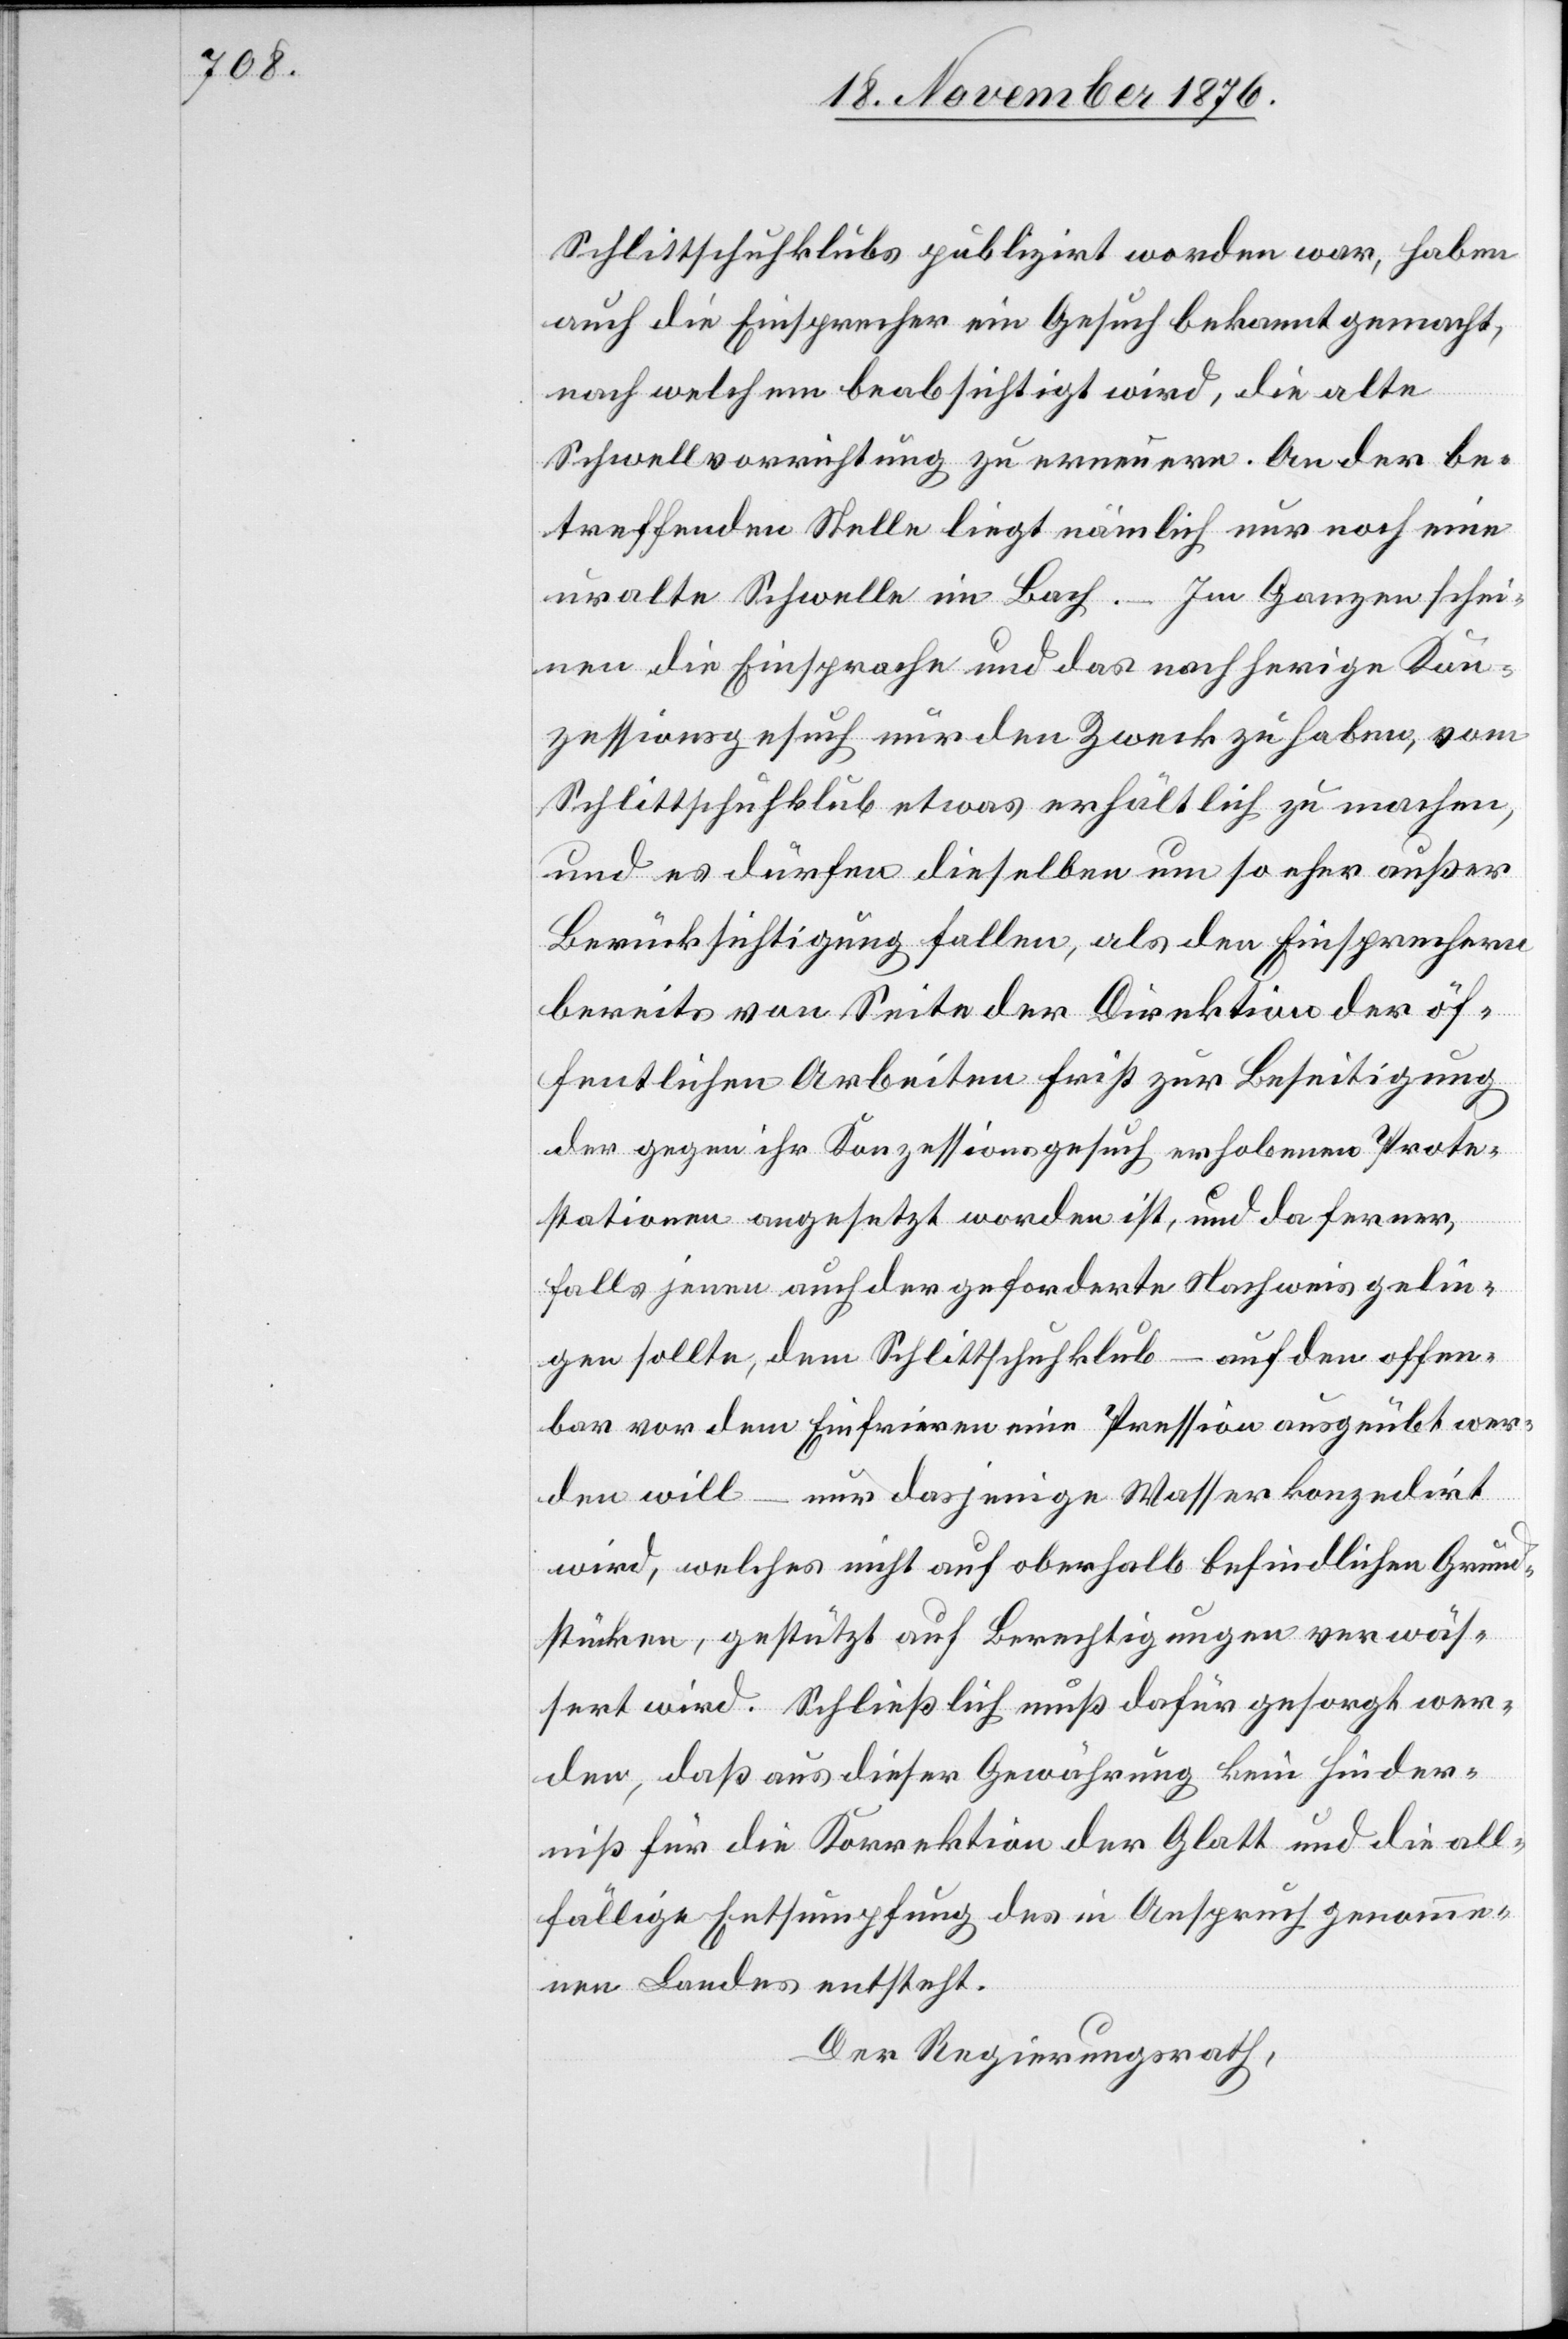
Schlittschuhklubs publizirt worden war, haben
auch die Einsprecher ein Gesuch bekannt gemacht,
nach welchem beabsichtigt wird, die alte
Schwellvorrichtung zu erneuern. An der be¬
treffenden Stelle liegt nämlich nur noch eine
Im Ganzen schei¬
uralte Schwelle im Bach.
nen die Einsprache und das nachherige Kon¬
zessionsgesuch nur den Zweck zu haben, vom
Schlittschuhklub etwas erhältlich zu machen,
und es dürfen dieselben um so eher außer
Berücksichtigung fallen, als den Einsprechern
bereits von Seite der Direktion der öf¬
fentlichen Arbeiten Frist zur Beseitigung
der gegen ihr Konzessionsgesuch erhobenen Prote¬
stationen angesetzt worden ist, und da ferner,
falls jenen auch der geforderte Nachweis gelin¬
gen sollte, dem Schlittschuhklub – auf den offen¬
bar vor dem Einfrieren eine Pression ausgeübt wer¬
den will – nur dasjenige Wasser konzedirt
wird, welches nicht auf oberhalb befindlichen Grund¬
stücken, gestützt auf Berechtigungen verwäs¬
sert wird. Schließlich muß dafür gesorgt wer¬
den, daß aus dieser Gewährung kein Hinder¬
niß für die Korrektion der Glatt und die all¬
fällige Entsumpfung des in Anspruch genomme¬
nen Landes entsteht.
Der Regierungsrath,